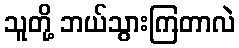
သူတို့ ဘယ်သွားကြတာလဲ